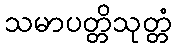
သမာပတ္တိသုတ္တံ